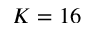
K = 1 6